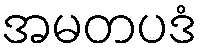
အမတပဒံ